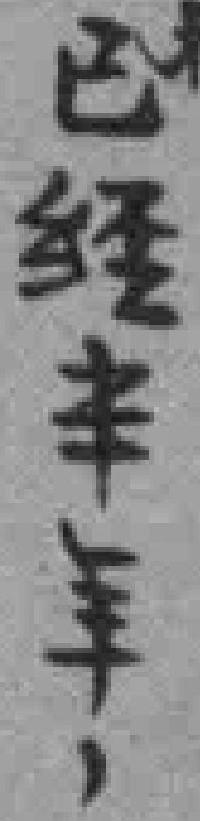
已经半年，